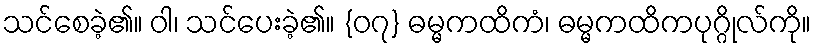
သင်စေခဲ့၏။ ဝါ၊ သင်ပေးခဲ့၏။ {၀၇} ဓမ္မကထိကံ၊ ဓမ္မကထိကပုဂ္ဂိုလ်ကို။